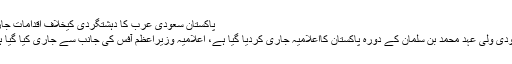
پاکستان سعودی عرب کا دہشتگردی کیخلاف اقدامات جاری
سعودی ولی عہد محمد بن سلمان کے دورہ پاکستان کااعلامیہ جاری کردیا گیا ہے، اعلامیہ وزیراعظم آفس کی جانب سے جاری کیا گیا ہے۔